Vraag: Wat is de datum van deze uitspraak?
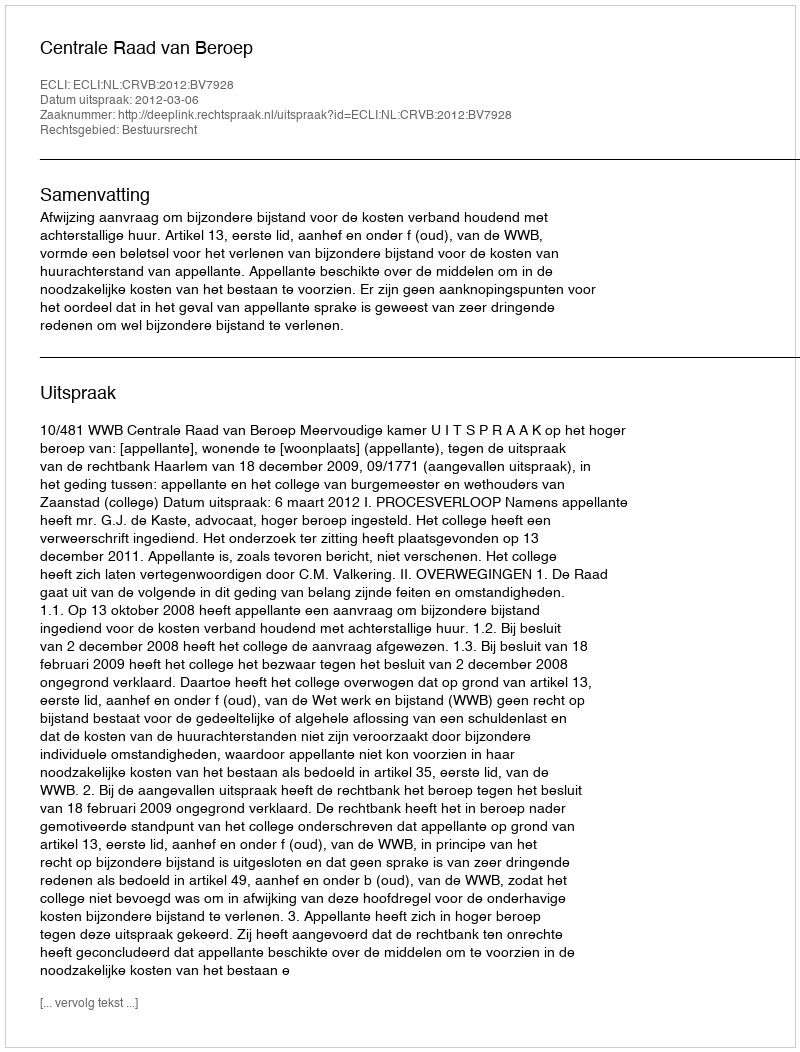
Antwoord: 2012-03-06